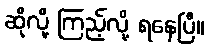
ဆိုလို့ ကြည့်လို့ ရနေပြီ။